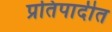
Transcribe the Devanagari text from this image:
प्रतिपादीत